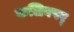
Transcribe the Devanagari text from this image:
कलिवषर्